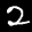
Label: 2